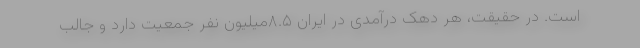
است. در حقیقت، هر دهک درآمدی در ایران ۸.۵میلیون نفر جمعیت دارد و جالب